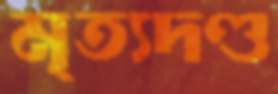
মৃত্যদণ্ড